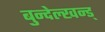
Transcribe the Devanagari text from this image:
बुन्देल्खन्ड्